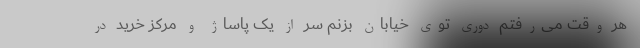
هر وقت می‌رفتم دوری توی خیابان بزنم سر از یک پاساژ و مرکز خرید در